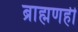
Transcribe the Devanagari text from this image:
ब्राह्मणही